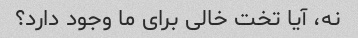
نه، آیا تخت خالی برای ما وجود دارد؟